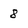
Character: 8